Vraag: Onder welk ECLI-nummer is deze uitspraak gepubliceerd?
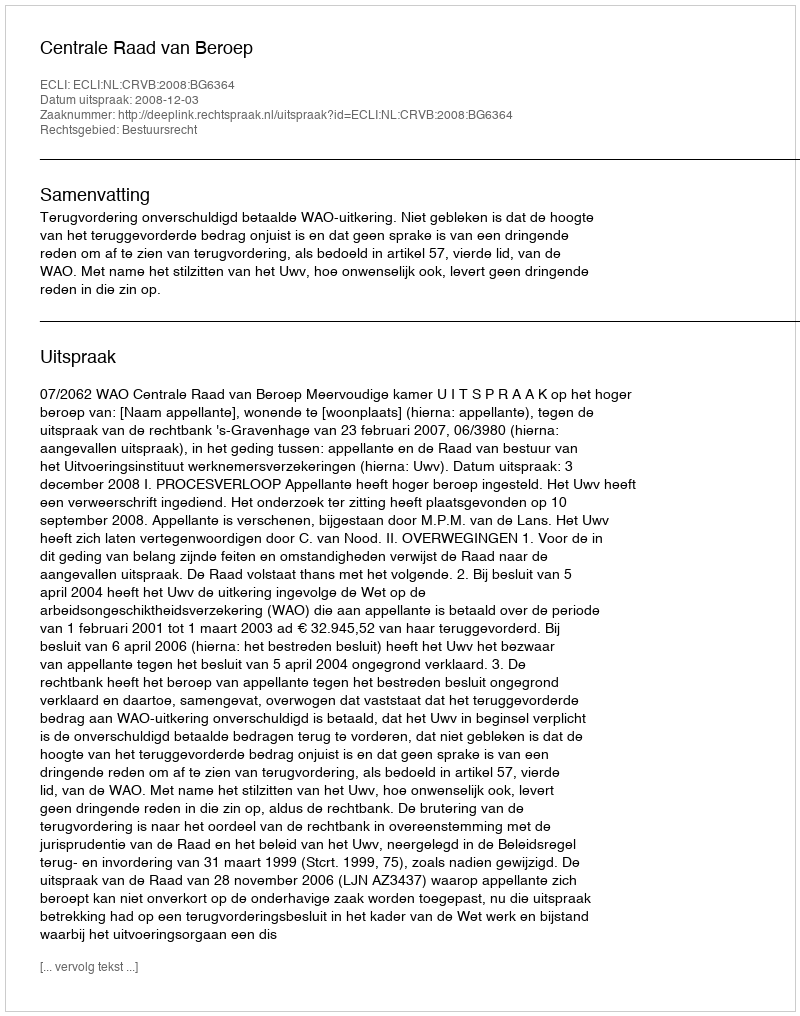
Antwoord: ECLI:NL:CRVB:2008:BG6364